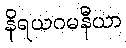
နိရယဂမနီယာ